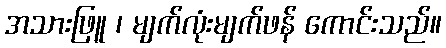
အသားဖြူ ၊ မျက်လုံးမျက်ဖန် ကောင်းသည်။